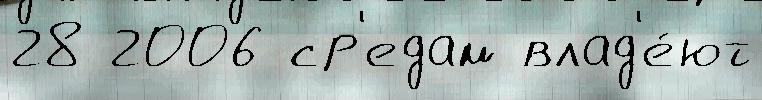
28 2006 ср'едам влад'е́ют